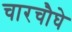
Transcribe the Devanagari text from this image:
चारचौघे